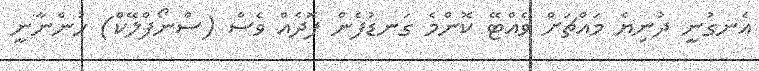
އެނގުނީ ދުނިޔެ މައްޗަށް ވެއްޓޭ ކޮންމެ ގަނޑުފެން ފޮދެއް ވެސް (ސްނޯފްލޭކް) ހުންނާނީ